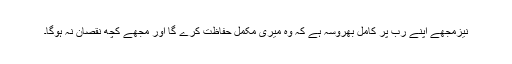
نیزمجھے اپنے رب پر کامل بھروسہ ہے کہ وہ میری مکمل حفاظت کرے گا اور مجھے کچھ نقصان نہ ہوگا۔